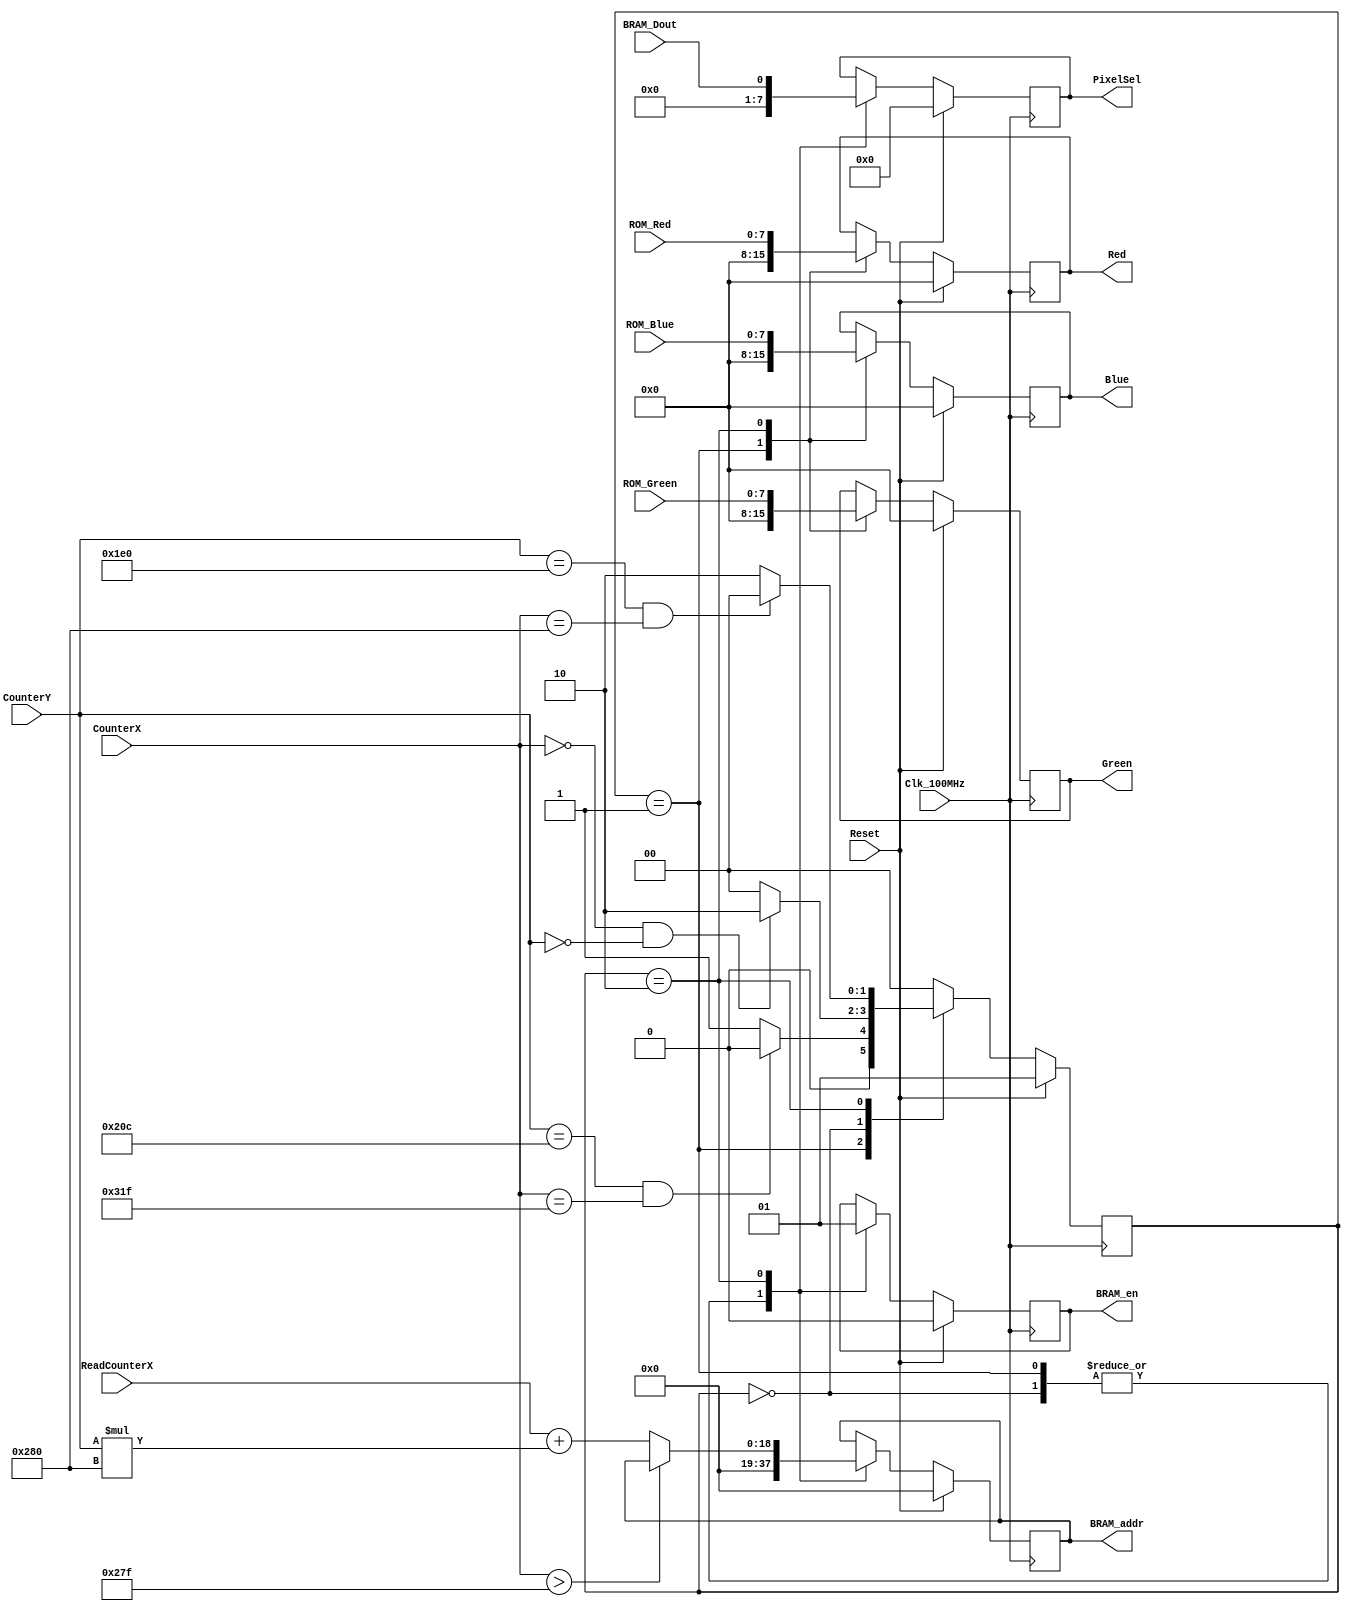
`timescale 1ns / 1ps
//////////////////////////////////////////////////////////////////////////////////
// Company: 
// Engineer: 
// 
// Design Name: 
// Module Name: HDMI_FrameRead
// Project Name: 
// Target Devices: 
// Tool Versions: 
// Description: 
// 
// Dependencies: 
// 
// Revision:
// Revision 0.01 - File Created
// Additional Comments:
// 
//////////////////////////////////////////////////////////////////////////////////


module HDMI_FrameRead(
    input            Clk_100MHz,     // module clock
    input            Reset,          // sync active high reset
    
    // from HDMI_Timing
    input      [9:0] CounterX,       
    input      [9:0] CounterY,
    input      [9:0] ReadCounterX,
    
    // from VideoBuffer
    input            BRAM_Dout,
    
    // from HDMI_PixelROM
    input      [7:0] ROM_Red,
    input      [7:0] ROM_Green,
    input      [7:0] ROM_Blue,
    
    // outputs to VideoBuffer
    output reg [18:0] BRAM_addr,
    output reg        BRAM_en,
    
    output reg [3:0]  PixelSel,    // HDMI_PixelROM lookup value
    
    // outputs to TMDS
    output reg [7:0]  Red,         
    output reg [7:0]  Green,
    output reg [7:0]  Blue         
    );
    
// ===========================================================================
//                    Parameters, Registers, and Wires    
// ==========================================================================   
    reg [1:0] FSM_State;
    reg [1:0] FSM_NextState;
    
    // FSM states with one-hot encoding
    localparam s0_INITIALIZE = 2'b01;
    localparam s1_IDLE       = 2'b00;  // default state
    localparam s2_ACTIVE     = 2'b10;  
   
// ===========================================================================
//                              Implementation    
// ===========================================================================     
    initial begin
        FSM_State <= s0_INITIALIZE;    
    end
    
    // Synchronous Process for FSM_State transitions
    always@(posedge Clk_100MHz) begin
        if(Reset == 1'b1) begin          // *synchronous* active high reset
            FSM_State <= s0_INITIALIZE;
        end
        else begin
            FSM_State <= FSM_NextState;
        end
    end
    
    // Combinatorial Process for FSM_NextState transitions
    always@* begin
        case(FSM_State)
            s0_INITIALIZE: begin
                if((CounterY == 524) && (CounterX == 799)) begin
                    FSM_NextState = s1_IDLE;
                end
                else begin
                    FSM_NextState = s0_INITIALIZE;
                end
            end
            
            s1_IDLE: begin
                if((CounterX==0) && (CounterY==0)) begin
                    FSM_NextState = s2_ACTIVE;
                end
                else begin
                    FSM_NextState = s1_IDLE;
                end
            end
            
            s2_ACTIVE: begin
                if((CounterY == 480) && (CounterX == 640)) // transition after CounterX goes to 640, 1 pixel past 639
                    FSM_NextState = s1_IDLE;                // not 100% sure if necessary
                else
                    FSM_NextState = s2_ACTIVE;
            end   
            
            default: begin
                FSM_NextState = s1_IDLE;
            end     
        endcase
    end
    
    // Synchronous Process to drive outputs
    always@(posedge Clk_100MHz) begin
        if(Reset == 1'b1) begin
            BRAM_addr <= 0;
            BRAM_en <= 0;
            PixelSel <= 0;
            Red <= 0;
            Green <= 0;
            Blue <= 0;
        end
        else begin
            case(FSM_State)
                s0_INITIALIZE: begin    // initialize state, skip first frame
                    BRAM_en <= 0;       
                    BRAM_addr <= 0;
                    PixelSel <= 0;
                    Red <= 0;
                    Green <= 0;
                    Blue <= 0;
                end
                
                s1_IDLE: begin
                    BRAM_en <= 0;
                    BRAM_addr <= 0;
                    PixelSel <= 0;
                end
                
                s2_ACTIVE: begin
                    BRAM_en <= 1;
                    BRAM_addr <= (CounterX > 639) ? BRAM_addr:(ReadCounterX + CounterY*640);
                    PixelSel <= BRAM_Dout;
                    Red <= ROM_Red;
                    Green <= ROM_Green;
                    Blue <= ROM_Blue;
                end
            endcase
        end
    
    end
        
endmodule